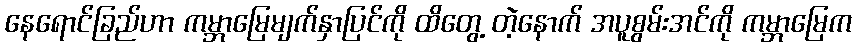
နေရောင်ခြည်ဟာ ကမ္ဘာမြေမျက်နှာပြင်ကို ထိတွေ့ တဲ့နောက် အပူစွမ်းအင်ကို ကမ္ဘာမြေက